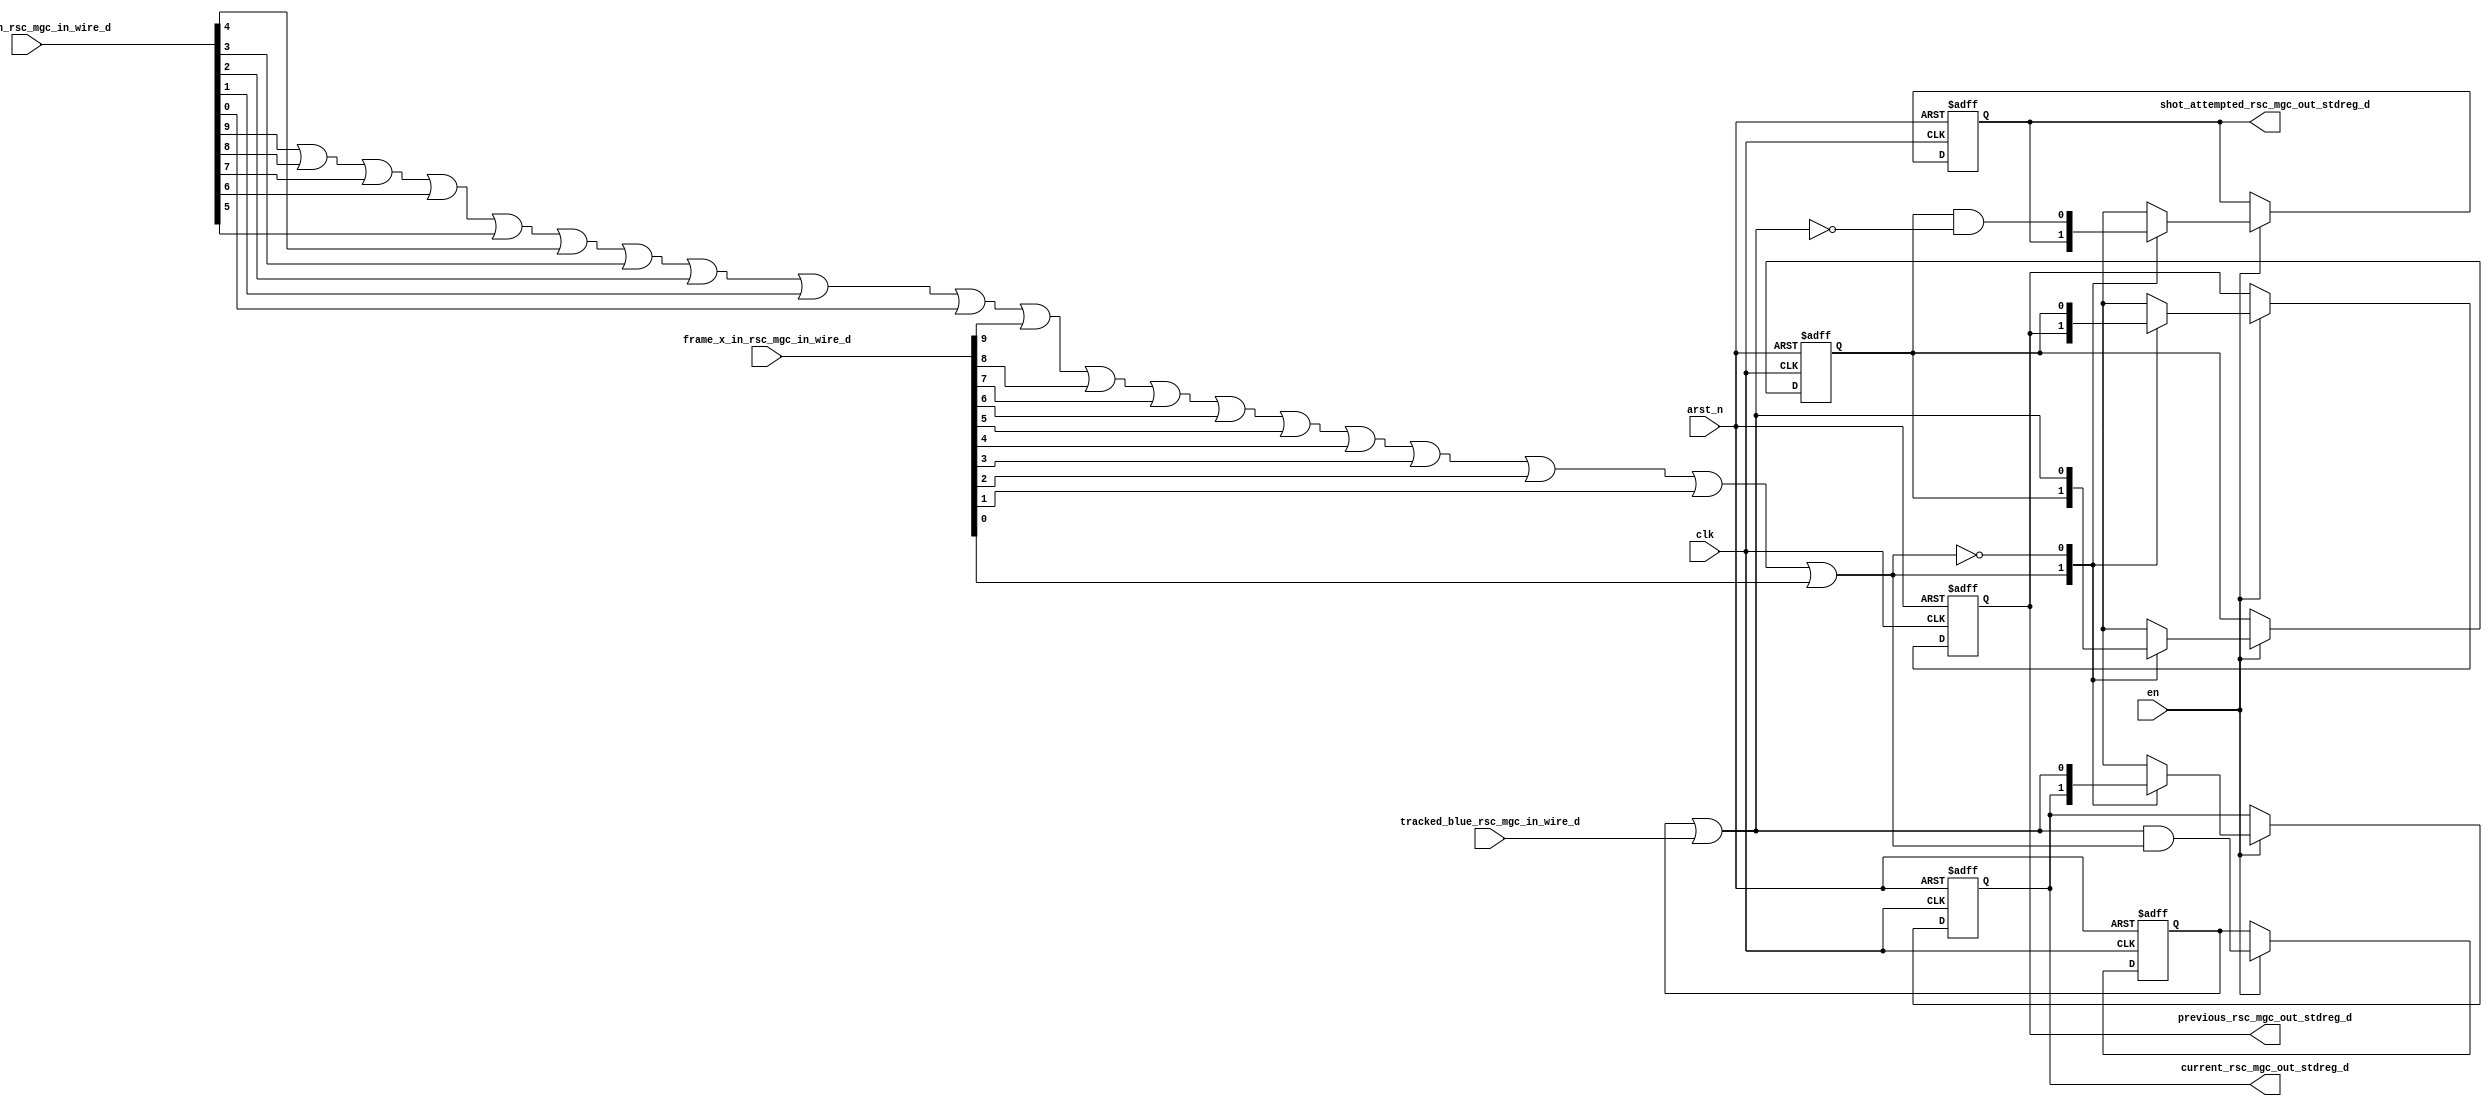
module shot_tracking_core (
  clk, en, arst_n, tracked_blue_rsc_mgc_in_wire_d, frame_x_in_rsc_mgc_in_wire_d,
      frame_y_in_rsc_mgc_in_wire_d, previous_rsc_mgc_out_stdreg_d, current_rsc_mgc_out_stdreg_d,
      shot_attempted_rsc_mgc_out_stdreg_d
);
  input clk;
  input en;
  input arst_n;
  input tracked_blue_rsc_mgc_in_wire_d;
  input [9:0] frame_x_in_rsc_mgc_in_wire_d;
  input [9:0] frame_y_in_rsc_mgc_in_wire_d;
  output previous_rsc_mgc_out_stdreg_d;
  reg previous_rsc_mgc_out_stdreg_d;
  output current_rsc_mgc_out_stdreg_d;
  reg current_rsc_mgc_out_stdreg_d;
  output shot_attempted_rsc_mgc_out_stdreg_d;
  reg shot_attempted_rsc_mgc_out_stdreg_d;


  // Interconnect Declarations
  wire if_1_nor_tmp;
  reg current_cycle_there_sva;
  reg previous_cycle_there_sva;
  wire current_cycle_there_sva_dfm;


  // Interconnect Declarations for Component Instantiations 
  assign current_cycle_there_sva_dfm = current_cycle_there_sva | tracked_blue_rsc_mgc_in_wire_d;
  assign if_1_nor_tmp = ~((frame_y_in_rsc_mgc_in_wire_d[9]) | (frame_y_in_rsc_mgc_in_wire_d[8])
      | (frame_y_in_rsc_mgc_in_wire_d[7]) | (frame_y_in_rsc_mgc_in_wire_d[6]) | (frame_y_in_rsc_mgc_in_wire_d[5])
      | (frame_y_in_rsc_mgc_in_wire_d[4]) | (frame_y_in_rsc_mgc_in_wire_d[3]) | (frame_y_in_rsc_mgc_in_wire_d[2])
      | (frame_y_in_rsc_mgc_in_wire_d[1]) | (frame_y_in_rsc_mgc_in_wire_d[0]) | (frame_x_in_rsc_mgc_in_wire_d[9])
      | (frame_x_in_rsc_mgc_in_wire_d[8]) | (frame_x_in_rsc_mgc_in_wire_d[7]) | (frame_x_in_rsc_mgc_in_wire_d[6])
      | (frame_x_in_rsc_mgc_in_wire_d[5]) | (frame_x_in_rsc_mgc_in_wire_d[4]) | (frame_x_in_rsc_mgc_in_wire_d[3])
      | (frame_x_in_rsc_mgc_in_wire_d[2]) | (frame_x_in_rsc_mgc_in_wire_d[1]) | (frame_x_in_rsc_mgc_in_wire_d[0]));
  always @(posedge clk or negedge arst_n) begin
    if ( ~ arst_n ) begin
      shot_attempted_rsc_mgc_out_stdreg_d <= 1'b0;
      current_rsc_mgc_out_stdreg_d <= 1'b0;
      previous_rsc_mgc_out_stdreg_d <= 1'b0;
      previous_cycle_there_sva <= 1'b0;
      current_cycle_there_sva <= 1'b0;
    end
    else begin
      if ( en ) begin
        shot_attempted_rsc_mgc_out_stdreg_d <= MUX_s_1_2_2({shot_attempted_rsc_mgc_out_stdreg_d
            , (previous_cycle_there_sva & (~ current_cycle_there_sva_dfm))}, if_1_nor_tmp);
        current_rsc_mgc_out_stdreg_d <= MUX_s_1_2_2({current_rsc_mgc_out_stdreg_d
            , current_cycle_there_sva_dfm}, if_1_nor_tmp);
        previous_rsc_mgc_out_stdreg_d <= MUX_s_1_2_2({previous_rsc_mgc_out_stdreg_d
            , previous_cycle_there_sva}, if_1_nor_tmp);
        previous_cycle_there_sva <= MUX_s_1_2_2({previous_cycle_there_sva , current_cycle_there_sva_dfm},
            if_1_nor_tmp);
        current_cycle_there_sva <= current_cycle_there_sva_dfm & (~ if_1_nor_tmp);
      end
    end
  end

  function [0:0] MUX_s_1_2_2;
    input [1:0] inputs;
    input [0:0] sel;
    reg [0:0] result;
  begin
    case (sel)
      1'b0 : begin
        result = inputs[1:1];
      end
      1'b1 : begin
        result = inputs[0:0];
      end
      default : begin
        result = inputs[1:1];
      end
    endcase
    MUX_s_1_2_2 = result;
  end
  endfunction

endmodule
module shot_tracking (
  tracked_blue_rsc_z, frame_x_in_rsc_z, frame_y_in_rsc_z, previous_rsc_z, current_rsc_z,
      shot_attempted_rsc_z, clk, en, arst_n
);
  input tracked_blue_rsc_z;
  input [9:0] frame_x_in_rsc_z;
  input [9:0] frame_y_in_rsc_z;
  output previous_rsc_z;
  output current_rsc_z;
  output shot_attempted_rsc_z;
  input clk;
  input en;
  input arst_n;


  // Interconnect Declarations
  wire tracked_blue_rsc_mgc_in_wire_d;
  wire [9:0] frame_x_in_rsc_mgc_in_wire_d;
  wire [9:0] frame_y_in_rsc_mgc_in_wire_d;
  wire previous_rsc_mgc_out_stdreg_d;
  wire current_rsc_mgc_out_stdreg_d;
  wire shot_attempted_rsc_mgc_out_stdreg_d;


  // Interconnect Declarations for Component Instantiations 
  mgc_in_wire #(.rscid(1),
  .width(1)) tracked_blue_rsc_mgc_in_wire (
      .d(tracked_blue_rsc_mgc_in_wire_d),
      .z(tracked_blue_rsc_z)
    );
  mgc_in_wire #(.rscid(2),
  .width(10)) frame_x_in_rsc_mgc_in_wire (
      .d(frame_x_in_rsc_mgc_in_wire_d),
      .z(frame_x_in_rsc_z)
    );
  mgc_in_wire #(.rscid(3),
  .width(10)) frame_y_in_rsc_mgc_in_wire (
      .d(frame_y_in_rsc_mgc_in_wire_d),
      .z(frame_y_in_rsc_z)
    );
  mgc_out_stdreg #(.rscid(4),
  .width(1)) previous_rsc_mgc_out_stdreg (
      .d(previous_rsc_mgc_out_stdreg_d),
      .z(previous_rsc_z)
    );
  mgc_out_stdreg #(.rscid(5),
  .width(1)) current_rsc_mgc_out_stdreg (
      .d(current_rsc_mgc_out_stdreg_d),
      .z(current_rsc_z)
    );
  mgc_out_stdreg #(.rscid(6),
  .width(1)) shot_attempted_rsc_mgc_out_stdreg (
      .d(shot_attempted_rsc_mgc_out_stdreg_d),
      .z(shot_attempted_rsc_z)
    );
  shot_tracking_core shot_tracking_core_inst (
      .clk(clk),
      .en(en),
      .arst_n(arst_n),
      .tracked_blue_rsc_mgc_in_wire_d(tracked_blue_rsc_mgc_in_wire_d),
      .frame_x_in_rsc_mgc_in_wire_d(frame_x_in_rsc_mgc_in_wire_d),
      .frame_y_in_rsc_mgc_in_wire_d(frame_y_in_rsc_mgc_in_wire_d),
      .previous_rsc_mgc_out_stdreg_d(previous_rsc_mgc_out_stdreg_d),
      .current_rsc_mgc_out_stdreg_d(current_rsc_mgc_out_stdreg_d),
      .shot_attempted_rsc_mgc_out_stdreg_d(shot_attempted_rsc_mgc_out_stdreg_d)
    );
endmodule